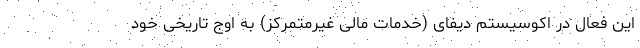
این فعال در اکوسیستم دیفای (خدمات مالی غیرمتمرکز) به اوج تاریخی خود